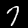
Label: 7